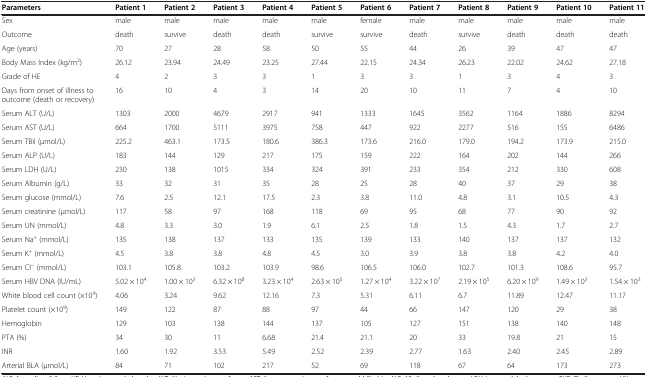
<table><thead><tr><td><b>Parameters</b></td><td><b>Patient 1</b></td><td><b>Patient 2</b></td><td><b>Patient 3</b></td><td><b>Patient 4</b></td><td><b>Patient 5</b></td><td><b>Patient 6</b></td><td><b>Patient 7</b></td><td><b>Patient 8</b></td><td><b>Patient 9</b></td><td><b>Patient 10</b></td><td><b>Patient 11</b></td></tr></thead><tbody><tr><td>Sex</td><td>male</td><td>male</td><td>male</td><td>male</td><td>male</td><td>female</td><td>male</td><td>male</td><td>male</td><td>male</td><td>male</td></tr><tr><td>Outcome</td><td>death</td><td>survive</td><td>death</td><td>death</td><td>survive</td><td>survive</td><td>death</td><td>survive</td><td>death</td><td>death</td><td>death</td></tr><tr><td>Age (years)</td><td>70</td><td>27</td><td>28</td><td>58</td><td>50</td><td>55</td><td>44</td><td>26</td><td>39</td><td>47</td><td>47</td></tr><tr><td>Body Mass Index (kg/m<sup>2</sup>)</td><td>26.12</td><td>23.94</td><td>24.49</td><td>23.25</td><td>27.44</td><td>22.15</td><td>24.34</td><td>26.23</td><td>22.02</td><td>24.62</td><td>27.18</td></tr><tr><td>Grade of HE</td><td>4</td><td>2</td><td>3</td><td>3</td><td>1</td><td>3</td><td>3</td><td>1</td><td>3</td><td>4</td><td>3</td></tr><tr><td>Days from onset of illness to outcome (death or recovery)</td><td>16</td><td>10</td><td>4</td><td>3</td><td>14</td><td>20</td><td>10</td><td>11</td><td>7</td><td>4</td><td>10</td></tr><tr><td>Serum ALT (U/L)</td><td>1303</td><td>2000</td><td>4679</td><td>2917</td><td>941</td><td>1333</td><td>1645</td><td>3562</td><td>1164</td><td>1886</td><td>8294</td></tr><tr><td>Serum AST (U/L)</td><td>664</td><td>1700</td><td>5111</td><td>3975</td><td>758</td><td>447</td><td>922</td><td>2277</td><td>516</td><td>155</td><td>6486</td></tr><tr><td>Serum TBil (μmol/L)</td><td>225.2</td><td>463.1</td><td>173.5</td><td>180.6</td><td>386.3</td><td>173.6</td><td>216.0</td><td>179.0</td><td>194.2</td><td>173.9</td><td>215.0</td></tr><tr><td>Serum ALP (U/L)</td><td>183</td><td>144</td><td>129</td><td>217</td><td>175</td><td>159</td><td>222</td><td>164</td><td>202</td><td>144</td><td>266</td></tr><tr><td>Serum LDH (U/L)</td><td>230</td><td>138</td><td>1015</td><td>334</td><td>324</td><td>391</td><td>233</td><td>354</td><td>212</td><td>330</td><td>608</td></tr><tr><td>Serum Albumin (g/L)</td><td>33</td><td>32</td><td>31</td><td>35</td><td>28</td><td>25</td><td>28</td><td>40</td><td>37</td><td>29</td><td>38</td></tr><tr><td>Serum glucose (mmol/L)</td><td>7.6</td><td>2.5</td><td>12.1</td><td>17.5</td><td>2.3</td><td>3.8</td><td>11.0</td><td>4.8</td><td>3.1</td><td>10.5</td><td>4.3</td></tr><tr><td>Serum creatinine (μmol/L)</td><td>117</td><td>58</td><td>97</td><td>168</td><td>118</td><td>69</td><td>95</td><td>68</td><td>77</td><td>90</td><td>92</td></tr><tr><td>Serum UN (mmol/L)</td><td>4.8</td><td>3.3</td><td>3.0</td><td>1.9</td><td>6.1</td><td>2.5</td><td>1.8</td><td>1.5</td><td>4.3</td><td>1.7</td><td>2.7</td></tr><tr><td>Serum Na<sup>+</sup> (mmol/L)</td><td>135</td><td>138</td><td>137</td><td>133</td><td>135</td><td>139</td><td>133</td><td>140</td><td>137</td><td>137</td><td>132</td></tr><tr><td>Serum K<sup>+</sup> (mmol/L)</td><td>4.5</td><td>3.8</td><td>3.8</td><td>4.8</td><td>4.5</td><td>3.0</td><td>3.9</td><td>3.8</td><td>3.8</td><td>4.2</td><td>4.0</td></tr><tr><td>Serum Cl<sup>−</sup> (mmol/L)</td><td>103.1</td><td>105.8</td><td>103.2</td><td>103.9</td><td>98.6</td><td>106.5</td><td>106.0</td><td>102.7</td><td>101.3</td><td>108.6</td><td>95.7</td></tr><tr><td>Serum HBV DNA (IU/mL)</td><td>5.02 × 10<sup>4</sup></td><td>1.00 × 10<sup>3</sup></td><td>6.32 × 10<sup>8</sup></td><td>3.23 × 10<sup>4</sup></td><td>2.63 × 10<sup>5</sup></td><td>1.27 × 10<sup>4</sup></td><td>3.22 × 10<sup>7</sup></td><td>2.19 × 10<sup>5</sup></td><td>6.20 × 10<sup>9</sup></td><td>1.49 × 10<sup>3</sup></td><td>1.54 × 10<sup>3</sup></td></tr><tr><td>White blood cell count (×10<sup>9</sup>)</td><td>4.06</td><td>3.24</td><td>9.62</td><td>12.16</td><td>7.3</td><td>5.31</td><td>6.11</td><td>6.7</td><td>11.89</td><td>12.47</td><td>11.17</td></tr><tr><td>Platelet count (×10<sup>9</sup>)</td><td>149</td><td>122</td><td>87</td><td>88</td><td>97</td><td>44</td><td>66</td><td>147</td><td>120</td><td>29</td><td>38</td></tr><tr><td>Hemoglobin</td><td>129</td><td>103</td><td>138</td><td>144</td><td>137</td><td>105</td><td>127</td><td>151</td><td>138</td><td>140</td><td>148</td></tr><tr><td>PTA (%)</td><td>34</td><td>30</td><td>11</td><td>6.68</td><td>21.4</td><td>21.1</td><td>20</td><td>33</td><td>19.8</td><td>21</td><td>15</td></tr><tr><td>INR</td><td>1.60</td><td>1.92</td><td>3.53</td><td>5.49</td><td>2.52</td><td>2.39</td><td>2.77</td><td>1.63</td><td>2.40</td><td>2.45</td><td>2.89</td></tr><tr><td>Arterial BLA (μmol/L)</td><td>84</td><td>71</td><td>102</td><td>217</td><td>52</td><td>69</td><td>118</td><td>67</td><td>64</td><td>173</td><td>273</td></tr></tbody></table>